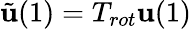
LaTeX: \tilde{\mathbf{u}}(1)=T_{rot}\mathbf{u}(1)